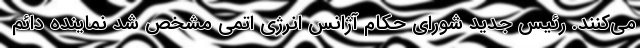
می‌کنند. رئیس جدید شورای حکام آژانس انرژی اتمی مشخص شد نماینده دائم